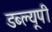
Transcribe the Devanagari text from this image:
डब्ल्यूपी